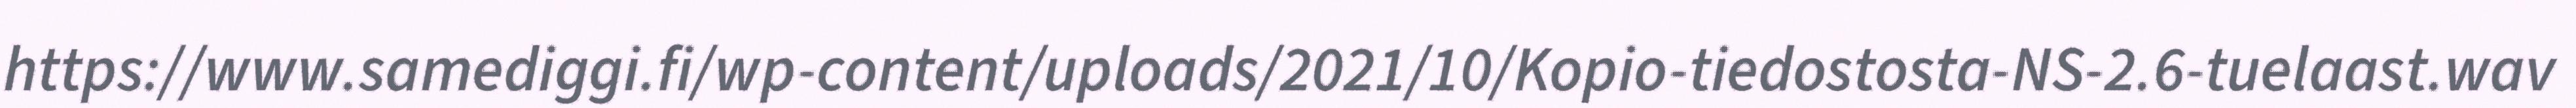
https://www.samediggi.fi/wp-content/uploads/2021/10/Kopio-tiedostosta-NS-2.6-tuelaast.wav